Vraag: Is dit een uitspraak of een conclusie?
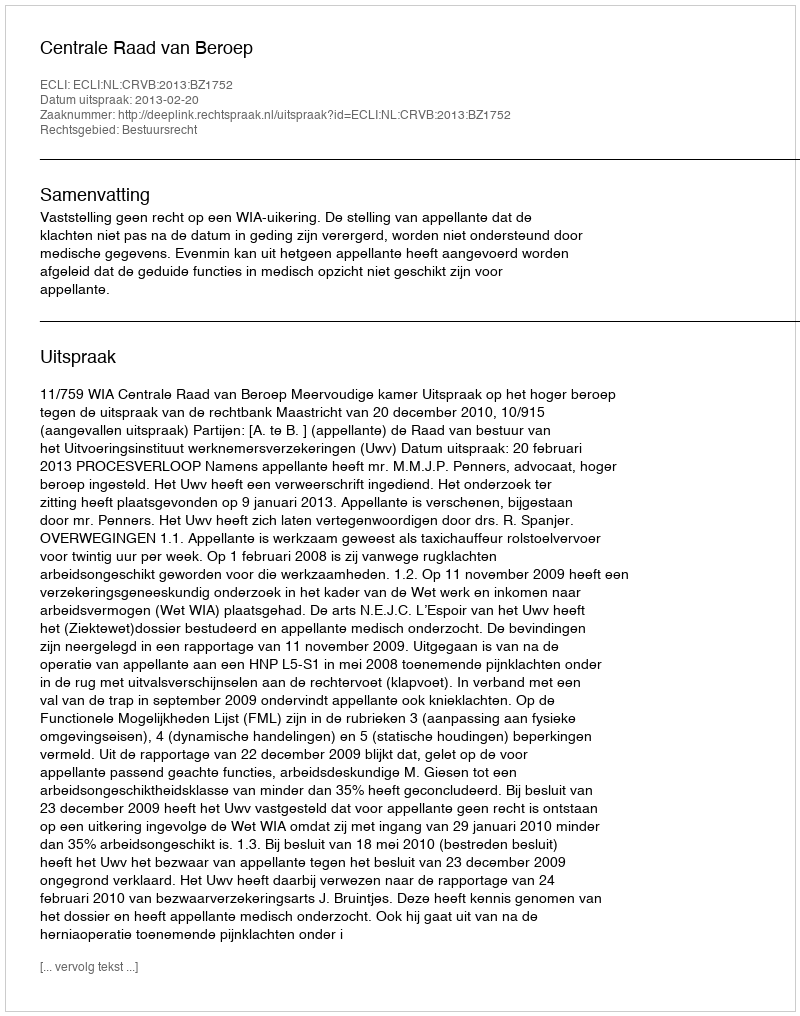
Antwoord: Uitspraak